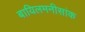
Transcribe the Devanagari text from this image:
बायिलमनीसांक